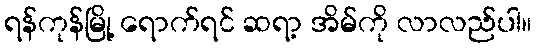
ရန်ကုန်မြို့ ရောက်ရင် ဆရာ့ အိမ်ကို လာလည်ပါ။